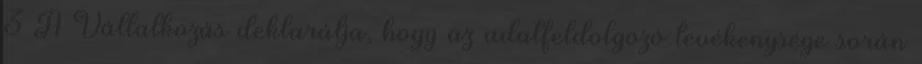
3 A Vállalkozás deklarálja, hogy az adatfeldolgozó tevékenysége során